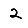
Digit: 2